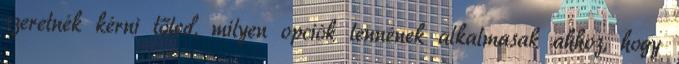
szeretnék kérni tőled, milyen opciók lennének alkalmasak ahhoz, hogy